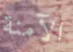
الآمنة